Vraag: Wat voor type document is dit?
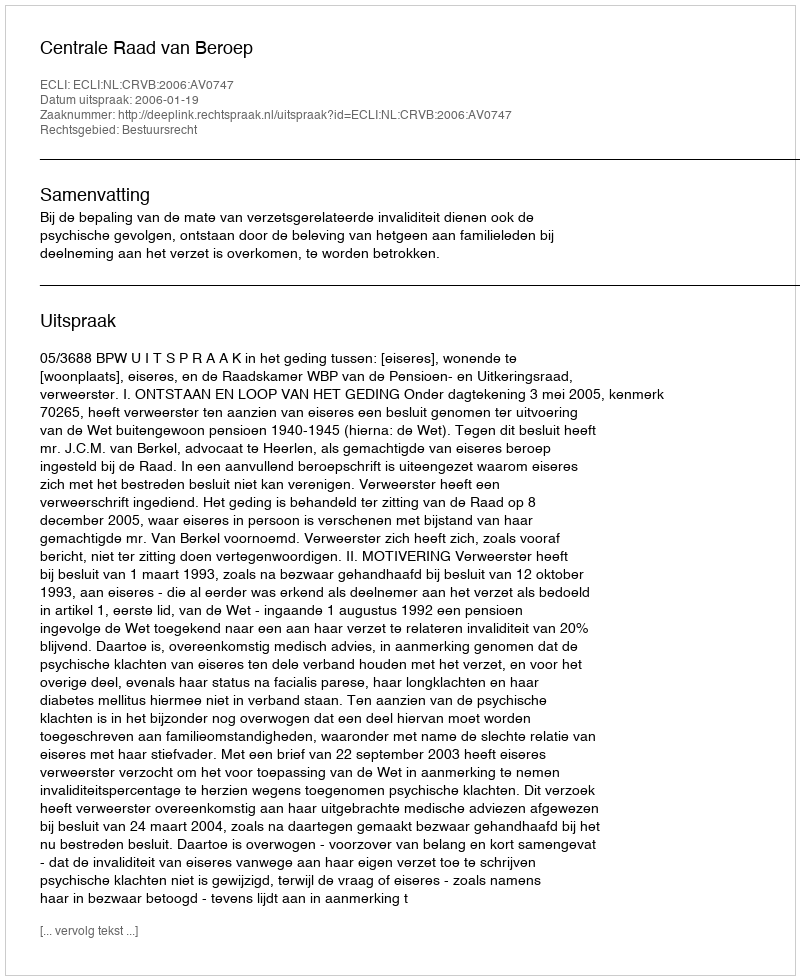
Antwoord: Uitspraak